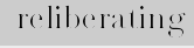
reliberating